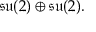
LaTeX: { \mathfrak { s u } } ( 2 ) \oplus { \mathfrak { s u } } ( 2 ) .